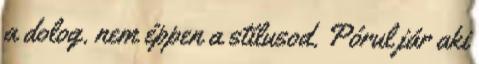
a dolog. nem éppen a stílusod. Pórul jár aki